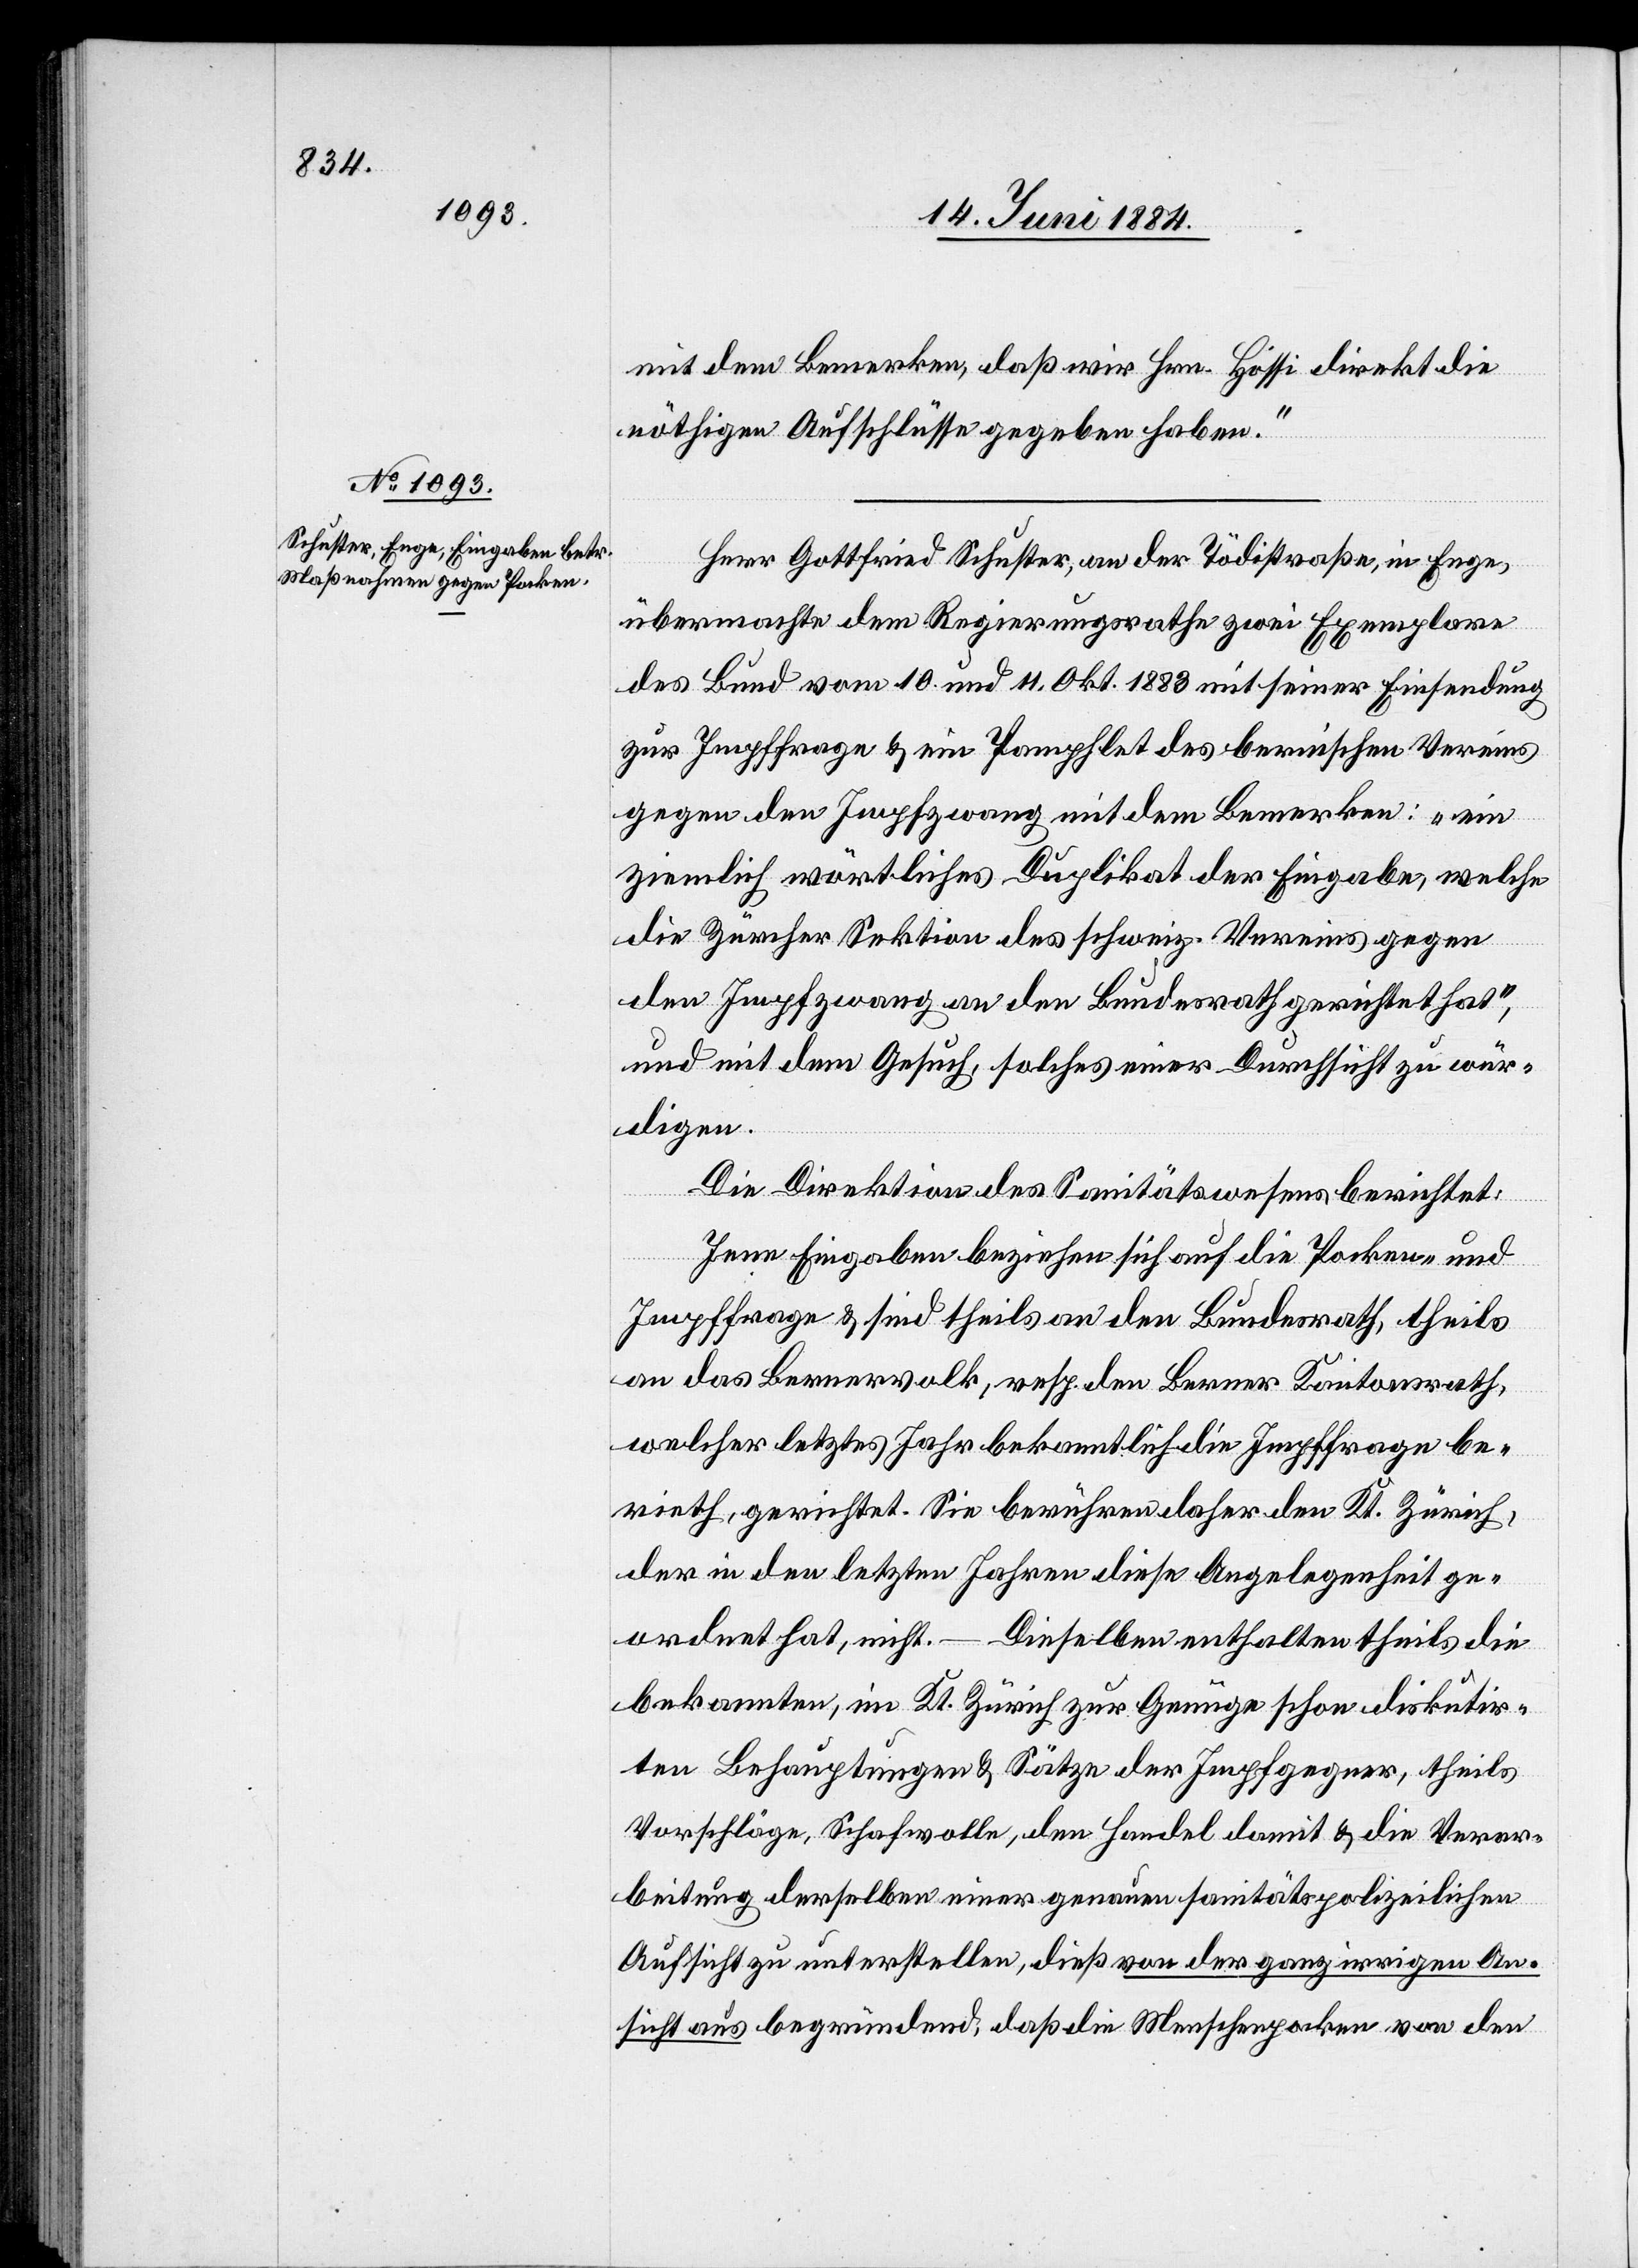
Herr Gottfried Schuster, an der Tödistraße, in Enge,
übermachte dem Regierungsrathe zwei Exemplare
des Bund vom 10. und 11. Okt. 1883 mit seiner Einsendung
zur Impffrage & ein Pamphlet des bernischen Vereins
gegen den Impfzwang mit dem Bemerken: „ein
ziemlich wörtliches Duplikat der Eingabe, welche
die Zürcher Sektion des schweiz. Vereins gegen
den Impfzwang an den Bundesrath gerichtet hat“,
und mit dem Gesuch, solches einer Durchsicht zu wür¬
digen.
Die Direktion des Sanitätswesens berichtet:
Jene Eingaben beziehen sich auf die Pocken- und
Impffrage & sind theils an den Bundesrath, theils
an das Bernervolk, resp. den Berner Kantonsrath,
welcher letztes Jahr bekanntlich die Impffrage be¬
rieth gerichtet. Sie berühren daher den Kt. Zürich,
der in den letzten Jahren diese Angelegenheit ge¬
ordnet hat, nicht. – Dieselben enthalten theils die
bekannten, im Kt. Zürich zur Genüge schon diskutir¬
ten Behauptungen & Sätze der Impfgegner, theils
Vorschläge, Schafwolle, den Handel damit & die Verar¬
beitung derselben einer genauen sanitätspolizeilichen
Aufsicht zu unterstellen, dieß von der ganz irrigen An¬
sicht aus begründend, daß die Menschenpocken von den